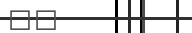
٣٢